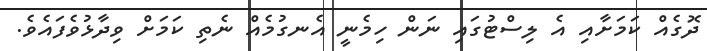
ދޮގެއް ކަމަށާއި އެ ލިސްޓުގައި ނަން ހިމެނީ އެނގުމެއް ނެތި ކަމަށް ވިދާޅުވެފައެވެ.